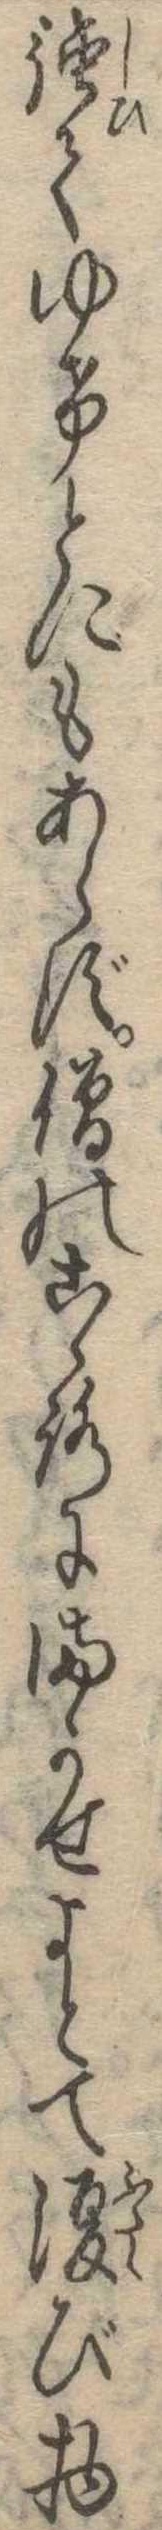
強てゆけとにもあらず僧のこゝろにまかせよとて復び物